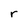
Character: r